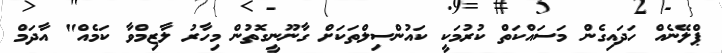
ޕްލޭނެއް ހަދައިގެން މަސައްކަތް ކުރުމަކީ ކައުންސިލްތަކަށް ގާނޫނީގޮތުން މިހާރު ލާޒިމްވާ ކަމެއް" އާދަމް